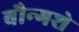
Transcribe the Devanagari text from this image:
बौन्गशे